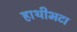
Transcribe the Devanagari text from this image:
हाथीभटा